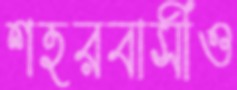
শহরবাসীও